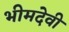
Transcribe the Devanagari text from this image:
भीमदेवी